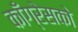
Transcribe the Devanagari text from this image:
काँग्रेसको